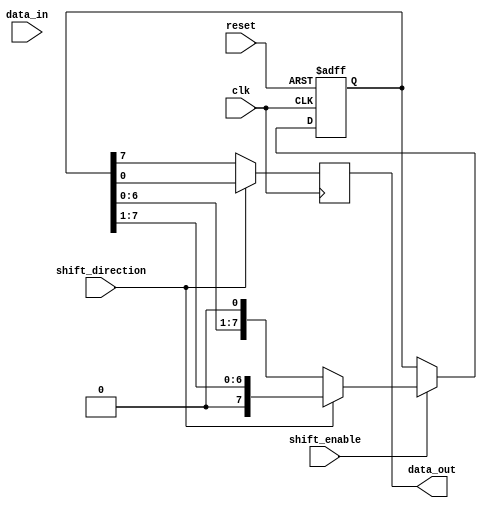
module bidirectional_shift_register(
    input wire clk,
    input wire reset,
    input wire shift_enable,
    input wire shift_direction,
    input wire data_in,
    output reg data_out
);

reg [7:0] shift_reg;

always @(posedge clk or posedge reset) begin
    if (reset) begin
        shift_reg <= 8'b0;
    end else if (shift_enable) begin
        if (shift_direction) begin // shift right
            shift_reg <= {1'b0, shift_reg[7:1]};
        end else begin // shift left
            shift_reg <= {shift_reg[6:0], 1'b0};
        end
    end else begin
        shift_reg <= shift_reg;
    end
end

always @(posedge clk) begin
    if (shift_direction) begin
        data_out <= shift_reg[0];
    end else begin
        data_out <= shift_reg[7];
    end
end

endmodule